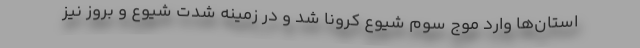
استان‌ها وارد موج سوم شیوع کرونا شد و در زمینه شدت شیوع و بروز نیز